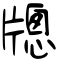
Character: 牕